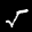
Label: 5